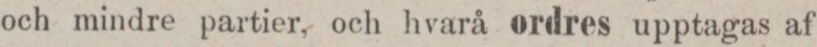
och mindre partier, och hvarå ordres upptagas af